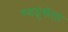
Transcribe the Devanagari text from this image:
वडतुंबीला